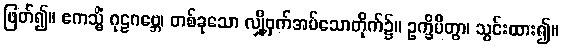
ဖြတ်၍။ ဧကသ္မိံ ဂုဠဂဗ္ဘေ၊ တစ်ခုသော လျှို့ဝှက်အပ်သောတိုက်၌။ ဥက္ခိပိတွာ၊ သွင်းထား၍။